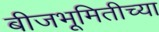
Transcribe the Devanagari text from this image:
बीजभूमितीच्या